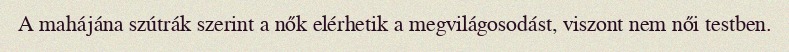
A mahájána szútrák szerint a nők elérhetik a megvilágosodást, viszont nem női testben.